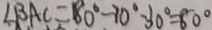
\angle B A C = 1 8 0 ^ { \circ } - 7 0 ^ { \circ } - 3 0 ^ { \circ } = 8 0 ^ { \circ }